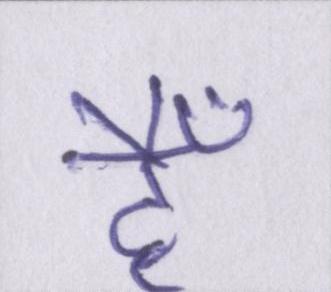
हैँ